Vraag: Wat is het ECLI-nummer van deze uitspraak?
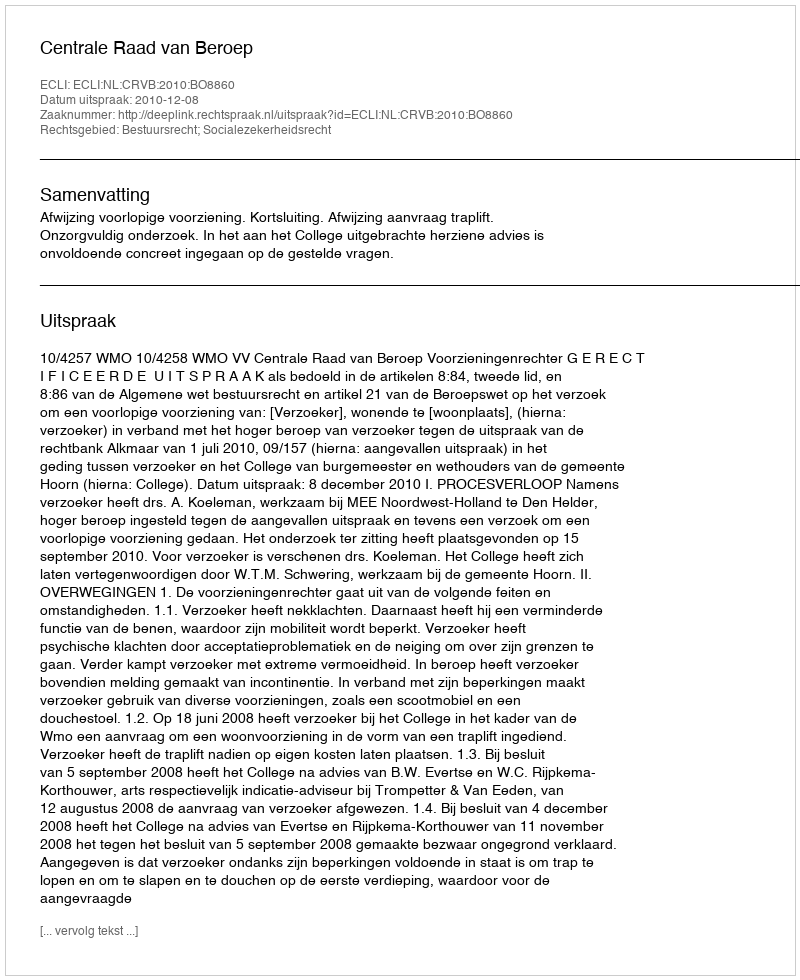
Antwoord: ECLI:NL:CRVB:2010:BO8860